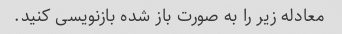
معادله زیر را به صورت باز شده بازنویسی کنید.